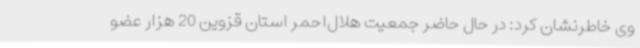
وی خاطرنشان کرد: در حال حاضر جمعیت هلال‌احمر استان قزوین 20 هزار عضو